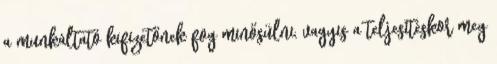
a munkáltató kifizetőnek fog minősülni, vagyis a teljesítéskor meg